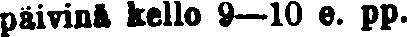
päivinä kello 9—10 e. pp.